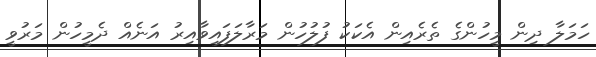
ހަމަލާ ދިން މީހުންގެ ތެރެއިން އެކަކު ފުލުހުން މަރާލަފައިވާއިރު އަނެއް ދެމީހުން މަރުވީ